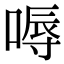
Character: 嗕